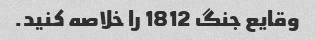
وقایع جنگ 1812 را خلاصه کنید.